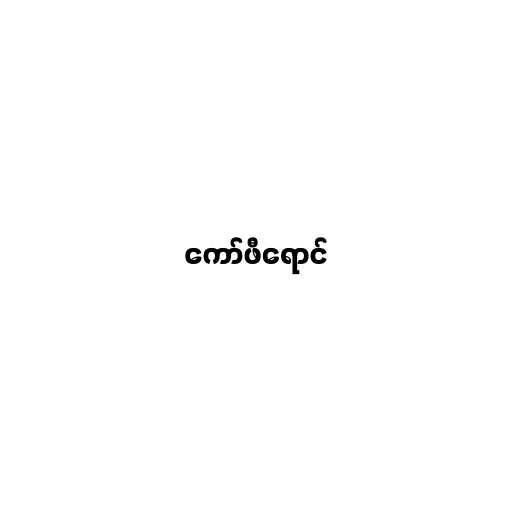
ကော်ဖီရောင်